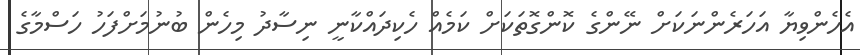
އެހެންވިޔާ އަހަރެންނަކަށް ނޭންގެ ކޮންގޮތަކަށް ކަމެއް ހެކިދައްކާނީ ނިސާދު މިހެން ބުނުމަށްފަހު ހަސްމާގެ